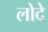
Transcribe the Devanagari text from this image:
लोदे